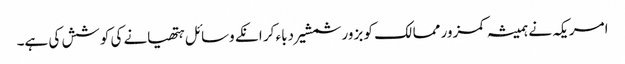
امریکہ نے ہمیشہ کمزور ممالک کو بزور شمشیر دباء کر انکے وسائل ہتھیانے کی کوشش کی ہے۔